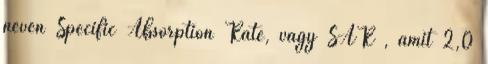
nevén Specific Absorption Rate, vagy SAR , amit 2,0